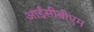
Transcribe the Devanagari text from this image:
आईसीबीएम